Vaccination report Assam 1896-1927 - 1896-1927
Year: 1896
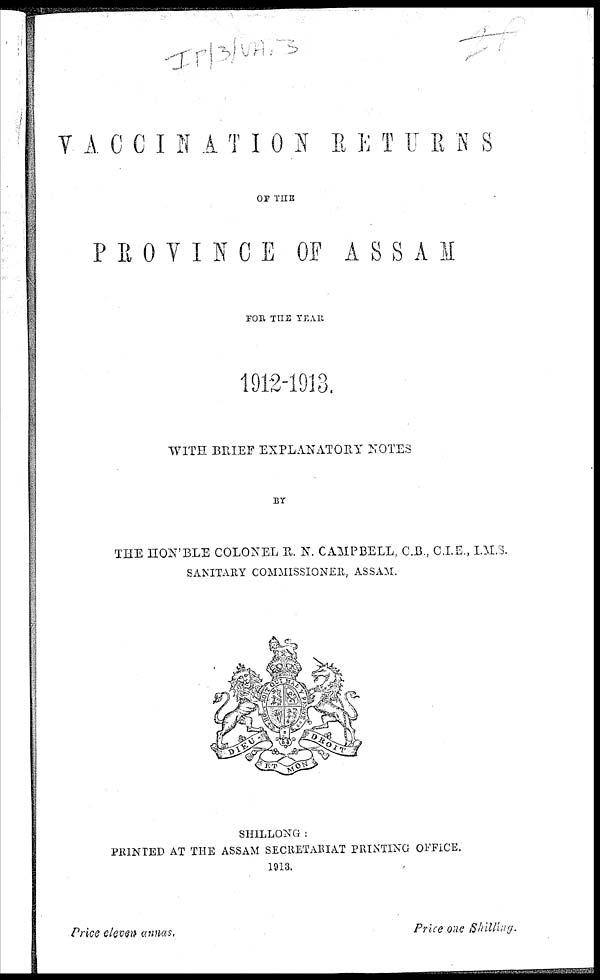
VACCINATION
RETURNS
OF THE
PROVINCE OF ASSAM
FOR THE YEAR
1912-1913.
WITH BRIEF EXPLANATORY NOTES
BY
THE HON'BLE COLONEL R. N. CAMPBELL, C.B., C.I.E., I.M.S.
SANITARY COMMISSIONER, ASSAM.
SHILLONG :
PRINTED AT THE ASSAM SECRETARIAT PRINTING OFFICE.
1913.
Price eleven annas.
Price one Shilling.